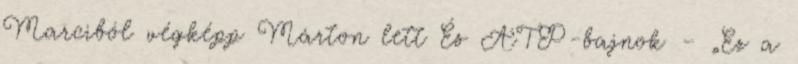
Marciból végképp Márton lett És ATP-bajnok – „Ez a